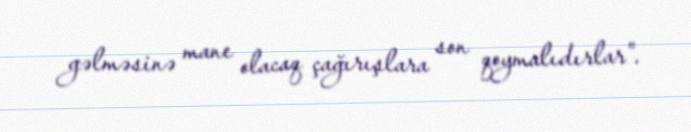
gəlməsinə mane olacaq çağırışlara son qoymalıdırlar”.